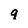
Character: q